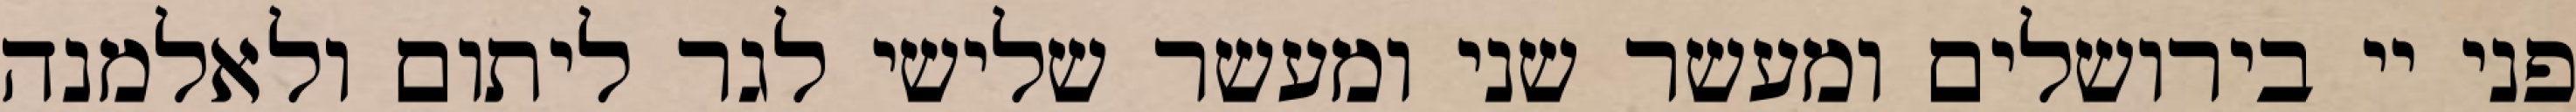
פני יי בירושלים ומעשר שני ומעשר שלישי לגר ליתום ולאלמנה